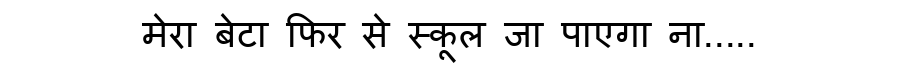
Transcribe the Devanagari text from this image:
मेरा बेटा फिर से स्कूल जा पाएगा ना.....